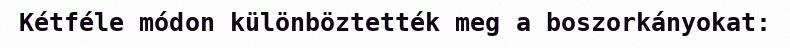
Kétféle módon különböztették meg a boszorkányokat: